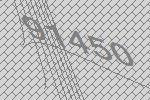
91450